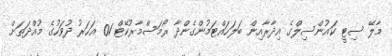
މާލޭ ސިޓީ ކައުންސިލްގެ އިދާރާއިން ބަލަހައްޓަމުންގެންދާ ރޯމަސްމާރުކޭޓް 01 އަހަރު ދުވަހުގެ މުއްދަތަށް